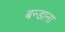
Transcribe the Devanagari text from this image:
बन्डाना